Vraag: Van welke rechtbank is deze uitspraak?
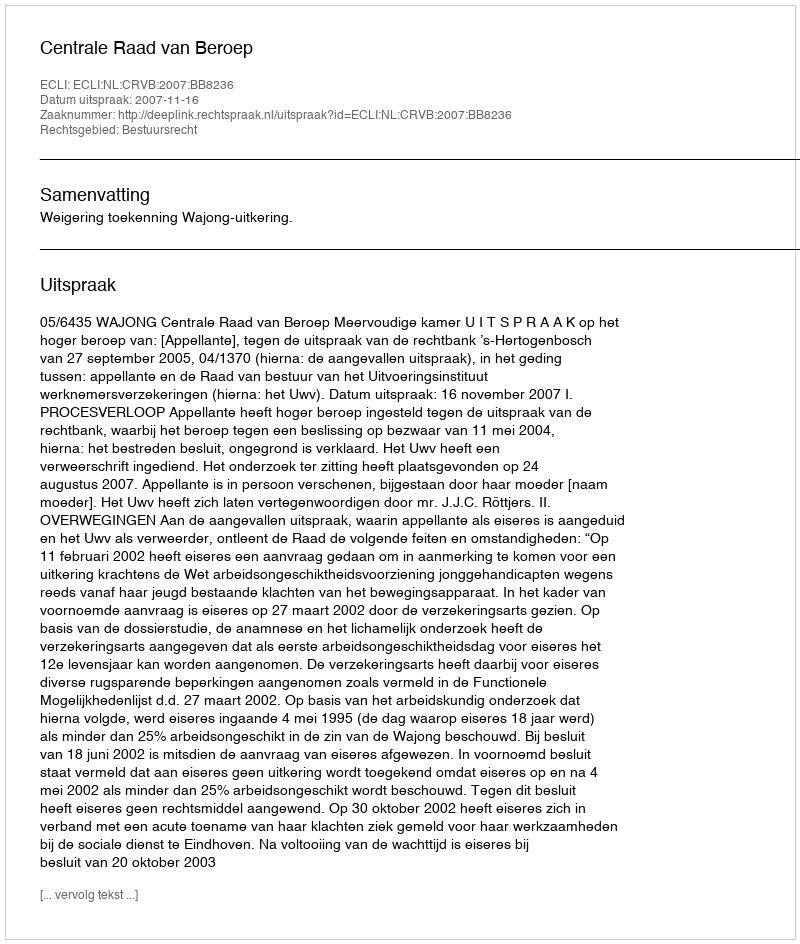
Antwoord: Centrale Raad van Beroep